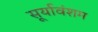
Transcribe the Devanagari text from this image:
सूर्यावंशम